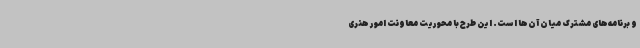
و برنامه‌های مشترک میان آن‌ها است. این طرح با محوریت معاونت امور هنری